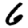
Digit: 6